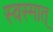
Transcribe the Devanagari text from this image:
स्वस्मात्